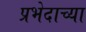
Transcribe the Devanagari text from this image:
प्रभेदाच्या